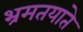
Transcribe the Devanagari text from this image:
भ्रमतयाते